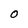
Character: O